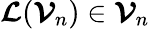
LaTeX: \boldsymbol{\mathcal{L}}(\boldsymbol{\mathcal{V}}_{n})\in\boldsymbol{\mathcal{V}}_{n}